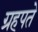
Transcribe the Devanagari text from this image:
ग्रहपते